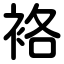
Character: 袼